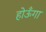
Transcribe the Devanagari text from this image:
होऊँगा